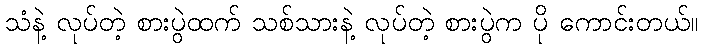
သံနဲ့ လုပ်တဲ့ စားပွဲထက် သစ်သားနဲ့ လုပ်တဲ့ စားပွဲက ပို ကောင်းတယ်။